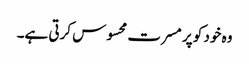
وہ خود کو پر مسرت محسوس کرتی ہے۔